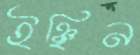
ইঞ্ছিন